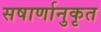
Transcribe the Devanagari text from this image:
सषार्णानुकृत